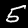
Label: 5